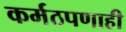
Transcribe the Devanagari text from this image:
कर्मठपणाही